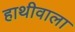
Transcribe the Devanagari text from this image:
हाथीवाला